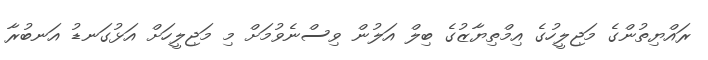
ރައްޔިތުންގެ މަޖިލީހުގެ އިމްތިޔާޒުގެ ބިލް އަލުން ވިސްނެވުމަށް މި މަޖިލީހަށް އަޅުގަނޑު އަނބުރާ